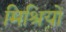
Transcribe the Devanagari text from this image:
मिश्रियों